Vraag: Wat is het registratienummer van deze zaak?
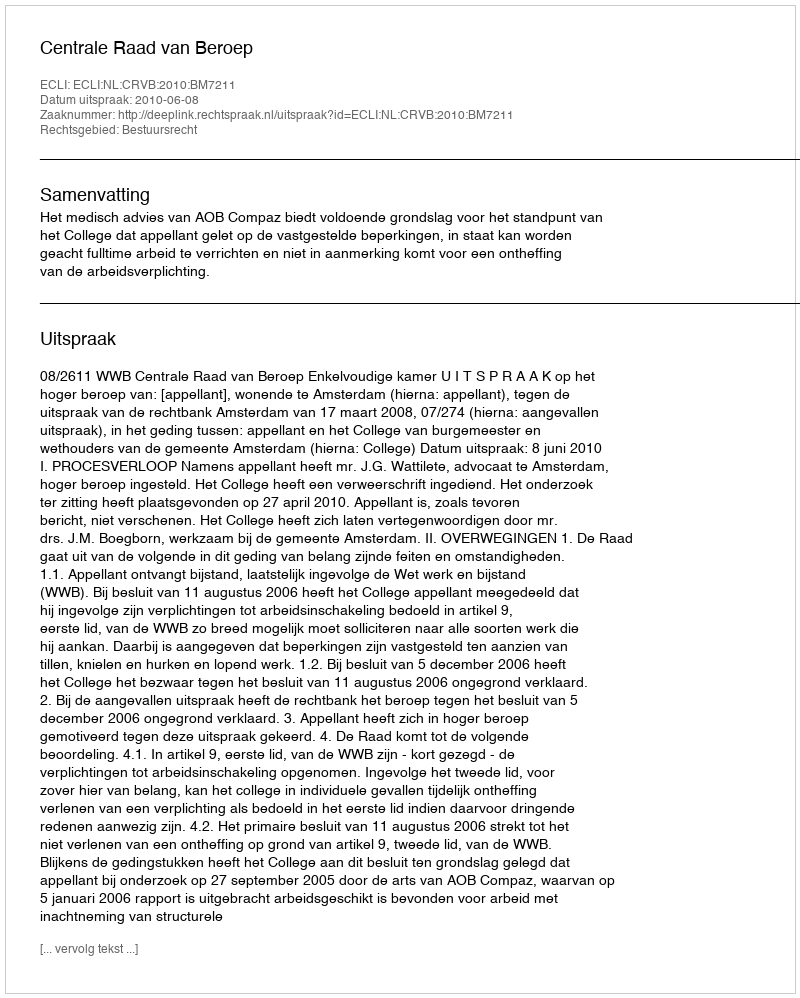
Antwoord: http://deeplink.rechtspraak.nl/uitspraak?id=ECLI:NL:CRVB:2010:BM7211